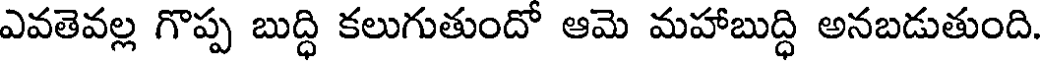
ఎవతెవల్ల గొప్ప బుద్ధి కలుగుతుందో ఆమె మహాబుద్ధి అనబడుతుంది